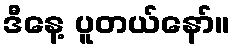
ဒီနေ့ ပူတယ်နော်။